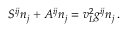
{ \cal S } ^ { i j } n _ { j } + { \cal A } ^ { i j } n _ { j } = v _ { L } ^ { 2 } g ^ { i j } n _ { j } \, .